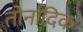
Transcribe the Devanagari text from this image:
तोर्नादिक